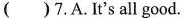
7 A it's all good